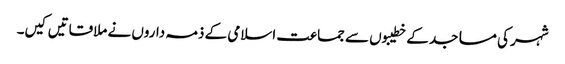
شہر کی مساجد کے خطیبوں سے جماعت اسلامی کے ذمہ داروں نے ملاقاتیں کیں۔